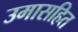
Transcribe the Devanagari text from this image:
उमासहित